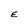
Character: E